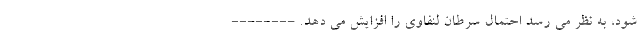
شود، به نظر می رسد احتمال سرطان لنفاوی را افزایش می دهد. --------